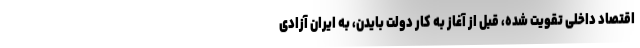
اقتصاد داخلی تقویت شده، قبل از آغاز به کار دولت بایدن، به ایران آزادی